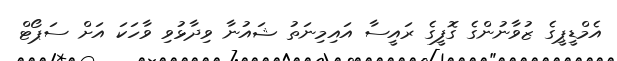
އެމްޑީޕީގެ ޒުވާނުންގެ ގޮފީގެ ރައީސާ އައިމިނަތު ޝައުނާ ވިދާޅުވި ވާހަކަ އަށް ސަޕޯޓް